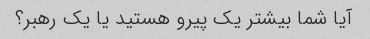
آیا شما بیشتر یک پیرو هستید یا یک رهبر؟